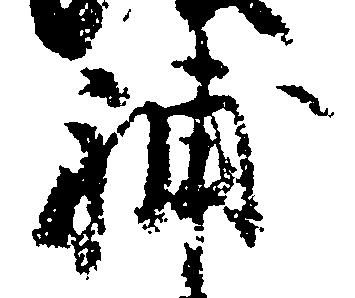
補